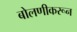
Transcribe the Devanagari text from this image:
बोलणीकरून